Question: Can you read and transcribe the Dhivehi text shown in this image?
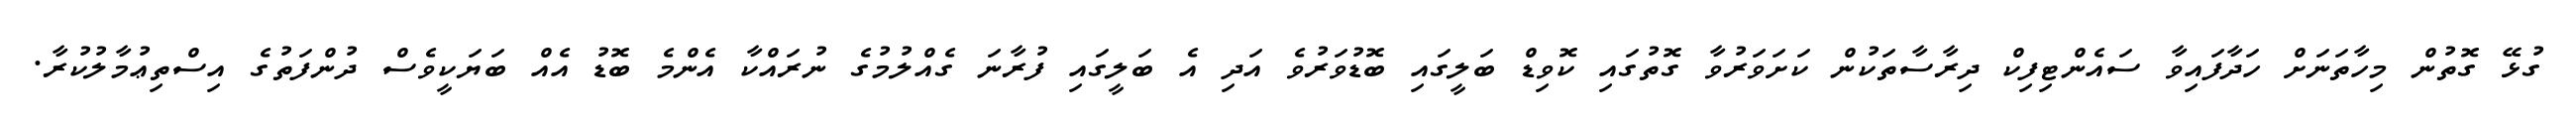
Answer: ގުޅޭ ގޮތުން މިހާތަނަށް ހަދާފައިވާ ސައެންޓިފިކް ދިރާސާތަކުން ކަށަވަރުވާ ގޮތުގައި ކޮވިޑް ބަލީގައި ބޮޑުވަރުވެ އަދި އެ ބަލީގައި ފުރާނަ ގެއްލުމުގެ ނުރައްކާ އެންމެ ބޮޑު އެއް ބަޔަކީވެސް ދުންފަތުގެ އިސްތިޢުމާލުކުރާ.